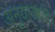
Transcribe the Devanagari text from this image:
अनुयाजादि।